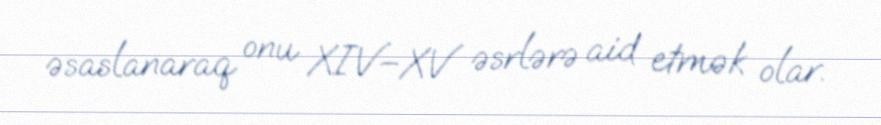
əsaslanaraq onu XIV–XV əsrlərə aid etmək olar.